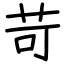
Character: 苛